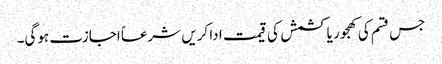
جس قسم کی کھجور یا کشمش کی قیمت ادا کریں شرعاً اجازت ہوگی۔